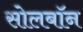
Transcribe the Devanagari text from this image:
सोलबॉन